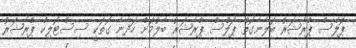
ޕަލްސް ޕްރެޝަރު ބަލާނެގޮތް ޕަލްސް ޕްރެޝަރު ބެލުމަށް ހަދާނެ ގޮތަކީ ސިސްޓޮލިކް ޕްރެޝަރު